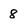
Character: 8